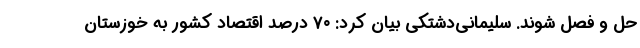
حل و فصل شوند. سلیمانی‌دشتکی بیان کرد: ۷۰ درصد اقتصاد کشور به خوزستان